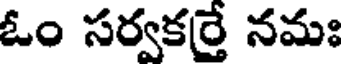
ఓం సర్వకర్తే నమః